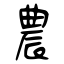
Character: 農